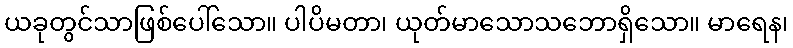
ယခုတွင်သာဖြစ်ပေါ်သော။ ပါပိမတာ၊ ယုတ်မာသောသဘောရှိသော။ မာရေန၊